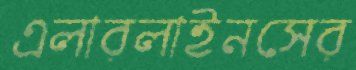
এলারলাইনসের